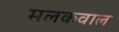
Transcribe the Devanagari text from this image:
मलकवाल